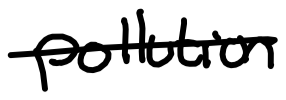
Text: pollution
Cross-out: single-line
Writing tool: digital_black